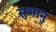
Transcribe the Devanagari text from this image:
सुभानु